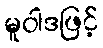
မူဝါဒဖြင့်